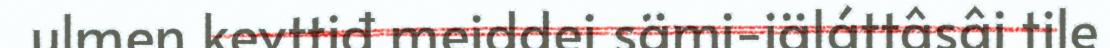
ulmen kevttiđ meiddei sämi-iäláttâsâi tile